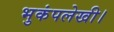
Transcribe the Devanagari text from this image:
भुकंपलेखी।